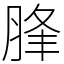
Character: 䏺